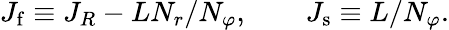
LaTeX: \begin{array}{r}{J_{\mathrm{f}}\equiv J_{R}-LN_{r}/N_{\varphi},\, \, \, \, \, \, \, \, \, \, \, \, J_{\mathrm{s}}\equiv L/N_{\varphi}.}\end{array}